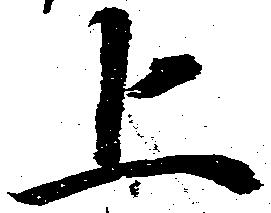
上